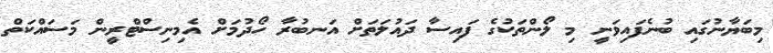
މިބަޔާނުގައި ބުނެފައިވަނީ މި ލޯންތަކުގެ ފައިސާ ދައުލަތަށް އަނބުރާ ހޯދުމަށް އެމިނިސްޓްރީން މަސައްކަތް